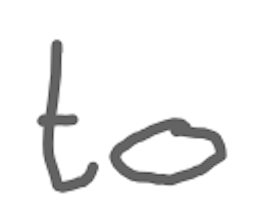
Text: to
Cross-out: clean
Writing tool: digital_gray